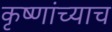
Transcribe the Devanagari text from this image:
कृष्णांच्याच